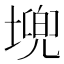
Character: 𮰪